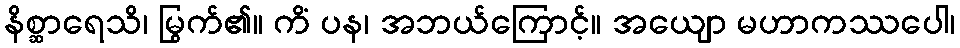
နိစ္ဆာရေသိ၊ မြွက်၏။ ကိံ ပန၊ အဘယ်ကြောင့်။ အယျော မဟာကဿပေါ၊